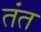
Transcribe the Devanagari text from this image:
तंत